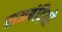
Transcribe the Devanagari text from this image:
राजबंदियो